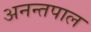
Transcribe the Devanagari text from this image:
अनन्तपाल